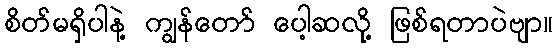
စိတ်မရှိပါနဲ့ ကျွန်တော် ပေါ့ဆလို့ ဖြစ်ရတာပဲဗျာ။